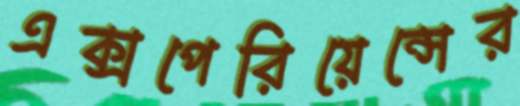
এক্সপেরিয়েন্সের